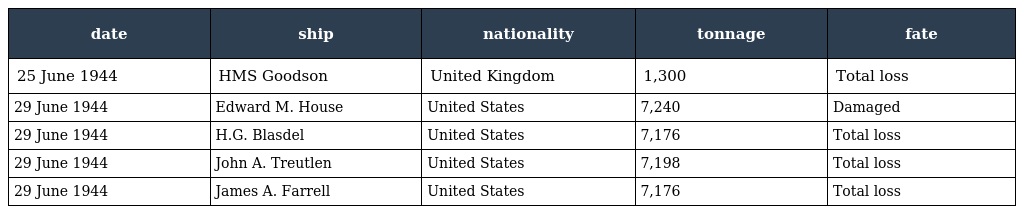
| date | ship | nationality | tonnage | fate |
 | --- | --- | --- | --- | --- |
 | 25 June 1944 | HMS Goodson | United Kingdom | 1,300 | Total loss |
 | 29 June 1944 | Edward M. House | United States | 7,240 | Damaged |
 | 29 June 1944 | H.G. Blasdel | United States | 7,176 | Total loss |
 | 29 June 1944 | John A. Treutlen | United States | 7,198 | Total loss |
 | 29 June 1944 | James A. Farrell | United States | 7,176 | Total loss |